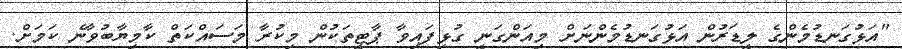
"އަޅުގަނޑުމެންގެ ލީޑަރުން އަޅުގަނޑުމެންނަށް މިއަންގަނީ ގުޅިފައިވާ ޕާޓީތަކުން މިކުރާ މަސައްކަތް ކާމިޔާބުވާނެ ކަމަށް.